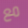
مع